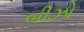
બીઝો